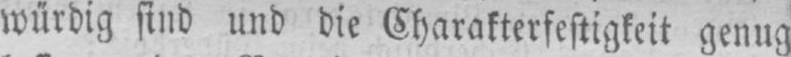
würdig find und die Charakterfestigkeit genug